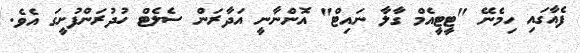
ފެއާގައި ހިމެނޭ "ޓީޓީއެމް ގާލާ ނައިޓް" އޮންނާނީ އަދާރަން ސެލެޓް ހުދުރަންފުށީގަ އެވެ.